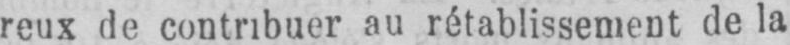
reux de contribuer au rétablissement de la